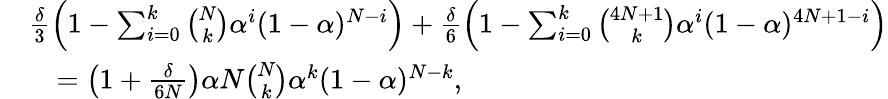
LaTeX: \begin{array}{rl}&{\frac{\delta}{3}\left(1-\sum_{i=0}^{k}{\binom{N}{k}}\alpha^{i}(1-\alpha)^{N-i}\right)+\frac{\delta}{6}\left(1-\sum_{i=0}^{k}{\binom{4N+1}{k}}\alpha^{i}(1-\alpha)^{4N+1-i}\right)}\\ &{\quad=\left(1+\frac{\delta}{6N}\right)\alpha N{\binom{N}{k}}\alpha^{k}(1-\alpha)^{N-k},}\end{array}